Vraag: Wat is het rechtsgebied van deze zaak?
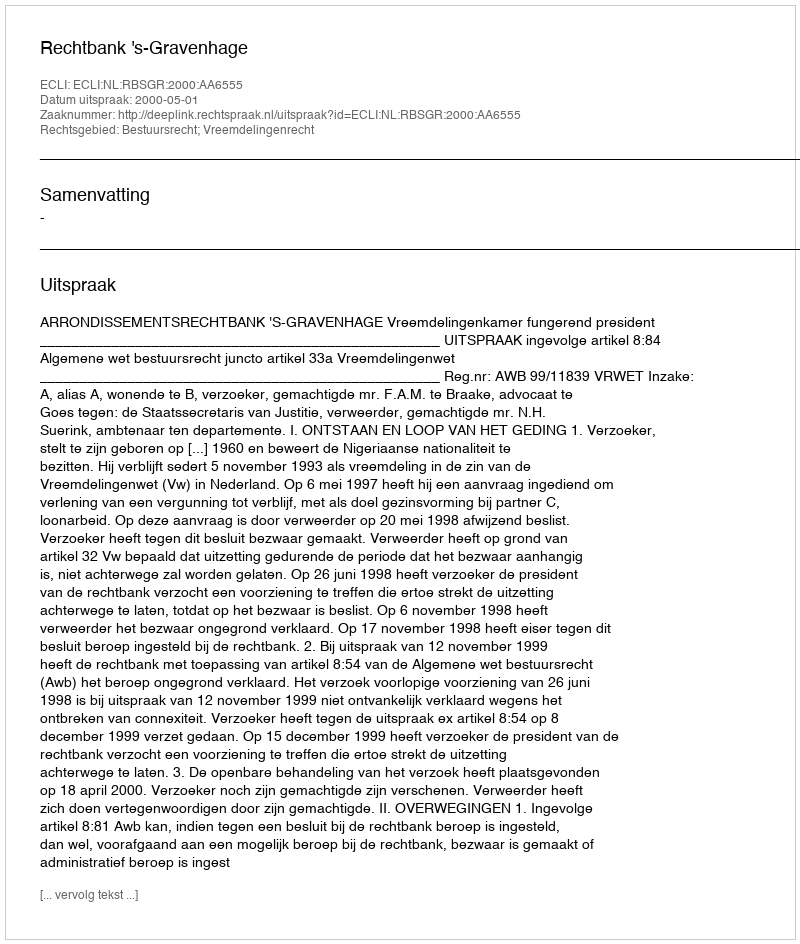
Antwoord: Bestuursrecht; Vreemdelingenrecht